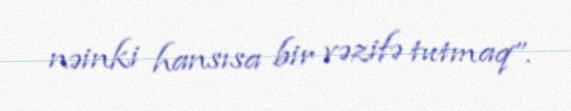
nəinki hansısa bir vəzifə tutmaq”.